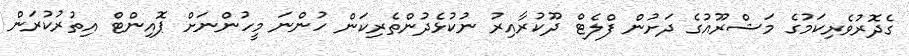
ގެދޮރުވެރިކަމުގެ މަޝްރޫއުގެ ދަށުން ފްލެޓް ދޫކުރާއިރު ނުކުޅެދުންތެރިކަން ހުންނަ މީހުންނަށް ޕޮއިންޓް އިތުރުކުރަން